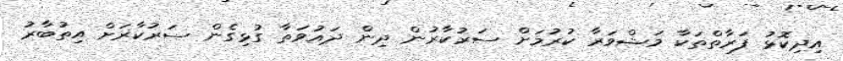
އިދިކޮޅު ފަރާތްތަކާ މަޝްވަރާ ކުރުމަށް ސަރުކާރުން ދިން ދައުވަތާ ގުޅިގެން ސަރުކާރަށް އިތުބާރު